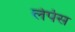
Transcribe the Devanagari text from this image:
लेर्पस